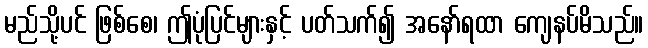
မည်သို့ပင် ဖြစ်စေ၊ ဤပုံပြင်များနှင့် ပတ်သက်၍ အနော်ရထာ ကျေနပ်မိသည်။